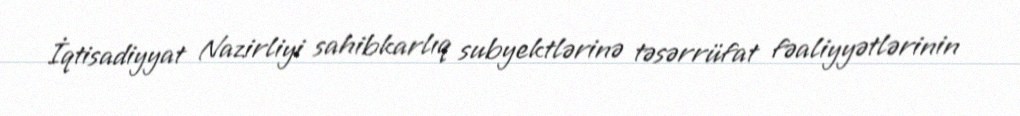
İqtisadiyyat Nazirliyi sahibkarlıq subyektlərinə təsərrüfat fəaliyyətlərinin